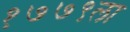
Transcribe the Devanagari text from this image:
१७७९ला